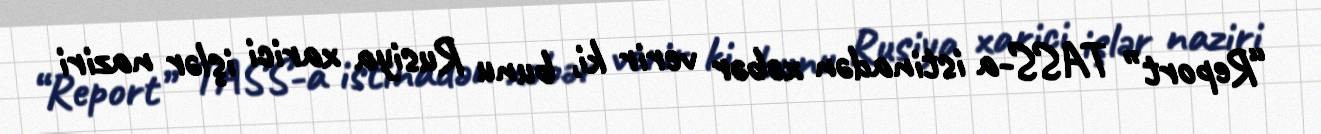
“Report” TASS-a istinadən xəbər verir ki, bunu Rusiya xarici işlər naziri